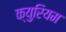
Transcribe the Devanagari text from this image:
क्युरियम